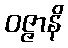
ဝဇ္ဇာနိ